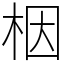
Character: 栶